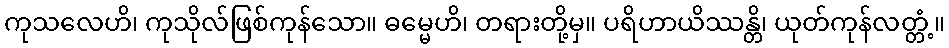
ကုသလေဟိ၊ ကုသိုလ်ဖြစ်ကုန်သော။ ဓမ္မေဟိ၊ တရားတို့မှ။ ပရိဟာယိဿန္တိ၊ ယုတ်ကုန်လတ္တံ့။